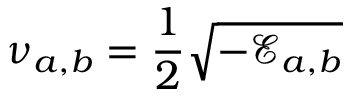
\nu _ { a , b } = \frac { 1 } { 2 } \sqrt { - \mathcal { E } _ { a , b } }